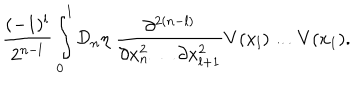
\frac { ( - 1 ) ^ { l } } { 2 ^ { n - l } } \int _ { 0 } ^ { 1 } { \cal D } _ { n } \eta \; \frac { \partial ^ { 2 ( n - l ) } } { \partial x _ { n } ^ { 2 } \dots \partial x _ { l + 1 } ^ { 2 } } V ( x _ { l } ) \dots V ( x _ { 1 } ) .